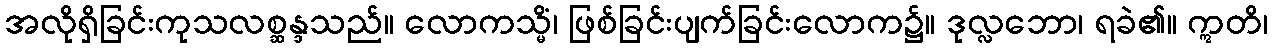
အလိုရှိခြင်းကုသလစ္ဆန္ဒသည်။ လောကသ္မိံ၊ ဖြစ်ခြင်းပျက်ခြင်းလောက၌။ ဒုလ္လဘော၊ ရခဲ၏။ ဣတိ၊